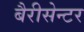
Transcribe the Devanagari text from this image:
बैरीसेन्टर